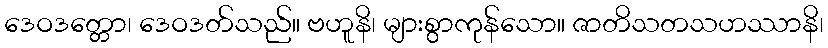
ဒေဝဒတ္တော၊ ဒေဝဒတ်သည်။ ဗဟူနိ၊ များစွာကုန်သော။ ဇာတိသတသဟဿာနိ၊